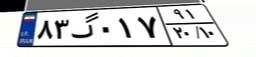
۸۳گ۰۱۷۹۱